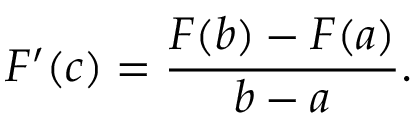
F ^ { \prime } ( c ) = { \frac { F ( b ) - F ( a ) } { b - a } } .